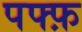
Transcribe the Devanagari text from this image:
पफ्फ़